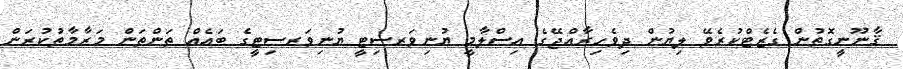
ޤާނޫނީގޮތުން ގެޒެޓްކުރެވޭ ލިޔުން ދިވެހިރާއްޖޭގެ އިސްލާމީ ޔުނިވަރސިޓީ ޔުނިވަރސިޓީގެ ބައެއް ތަންތަން މަރާމާތުކުރަން